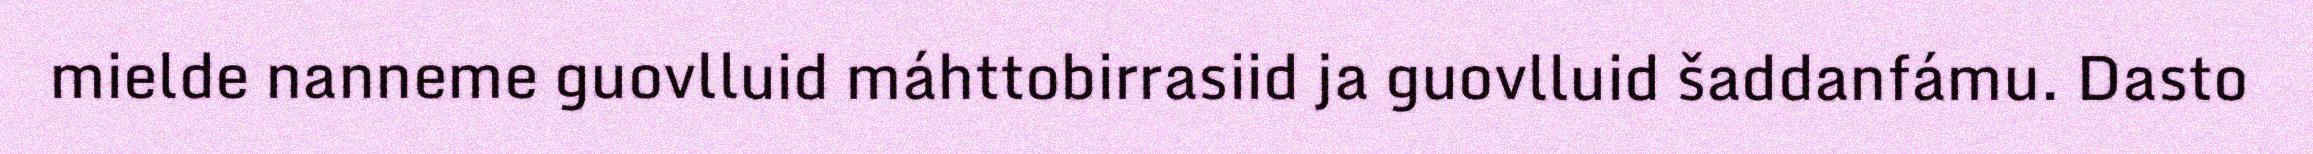
mielde nanneme guovlluid máhttobirrasiid ja guovlluid šaddanfámu. Dasto